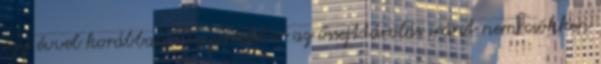
egy évvel korábban. Ugyanakkor az őssejttárolás iránt nem csökken